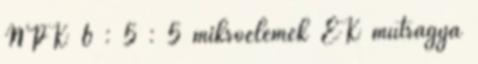
NPK 6 : 5 : 5 mikroelemek EK műtrágya